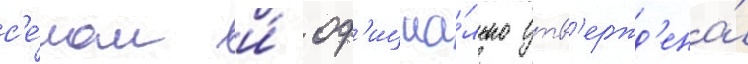
с'е́ном и́ оф'ициа́льно утв'ержд'ена́